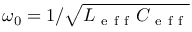
\omega _ { 0 } = 1 / \sqrt { L _ { \mathrm { ~ e ~ f ~ f ~ } } C _ { \mathrm { ~ e ~ f ~ f ~ } } }